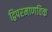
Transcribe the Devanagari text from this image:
द्विपरमाणविक